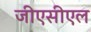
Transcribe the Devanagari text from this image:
जीएसीएल